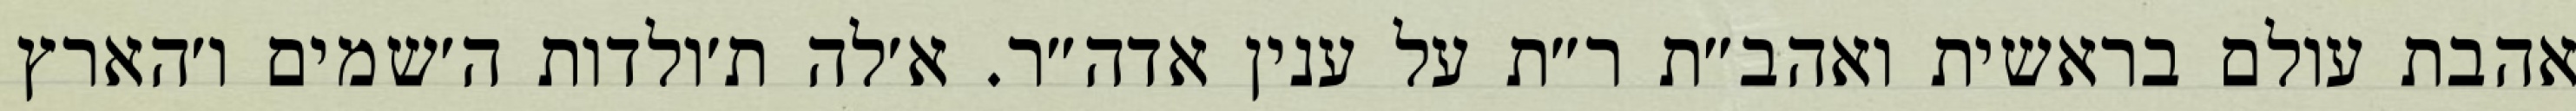
אהבת עולם בראשית ואהב״ת ר״ת על ענין אדה״ר. א׳לה ת׳ולדות ה׳שמים ו׳הארץ